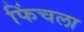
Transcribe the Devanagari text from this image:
फिंचला